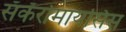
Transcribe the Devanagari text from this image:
सॅकॅरोमायसिस